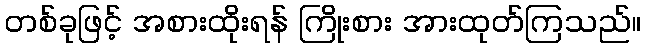
တစ်ခုဖြင့် အစားထိုးရန် ကြိုးစား အားထုတ်ကြသည်။